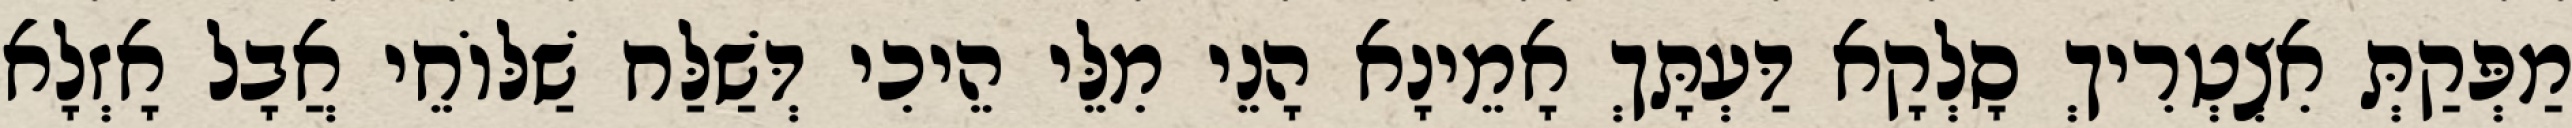
מַפְּקַתְּ אִצְטְרִיךְ סָלְקָא דַּעְתָּךְ אָמֵינָא הָנֵי מִלֵּי הֵיכִי דְּשַׁלַּח שַׁלּוֹחֵי אֲבָל אָזְלָא